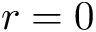
r = 0